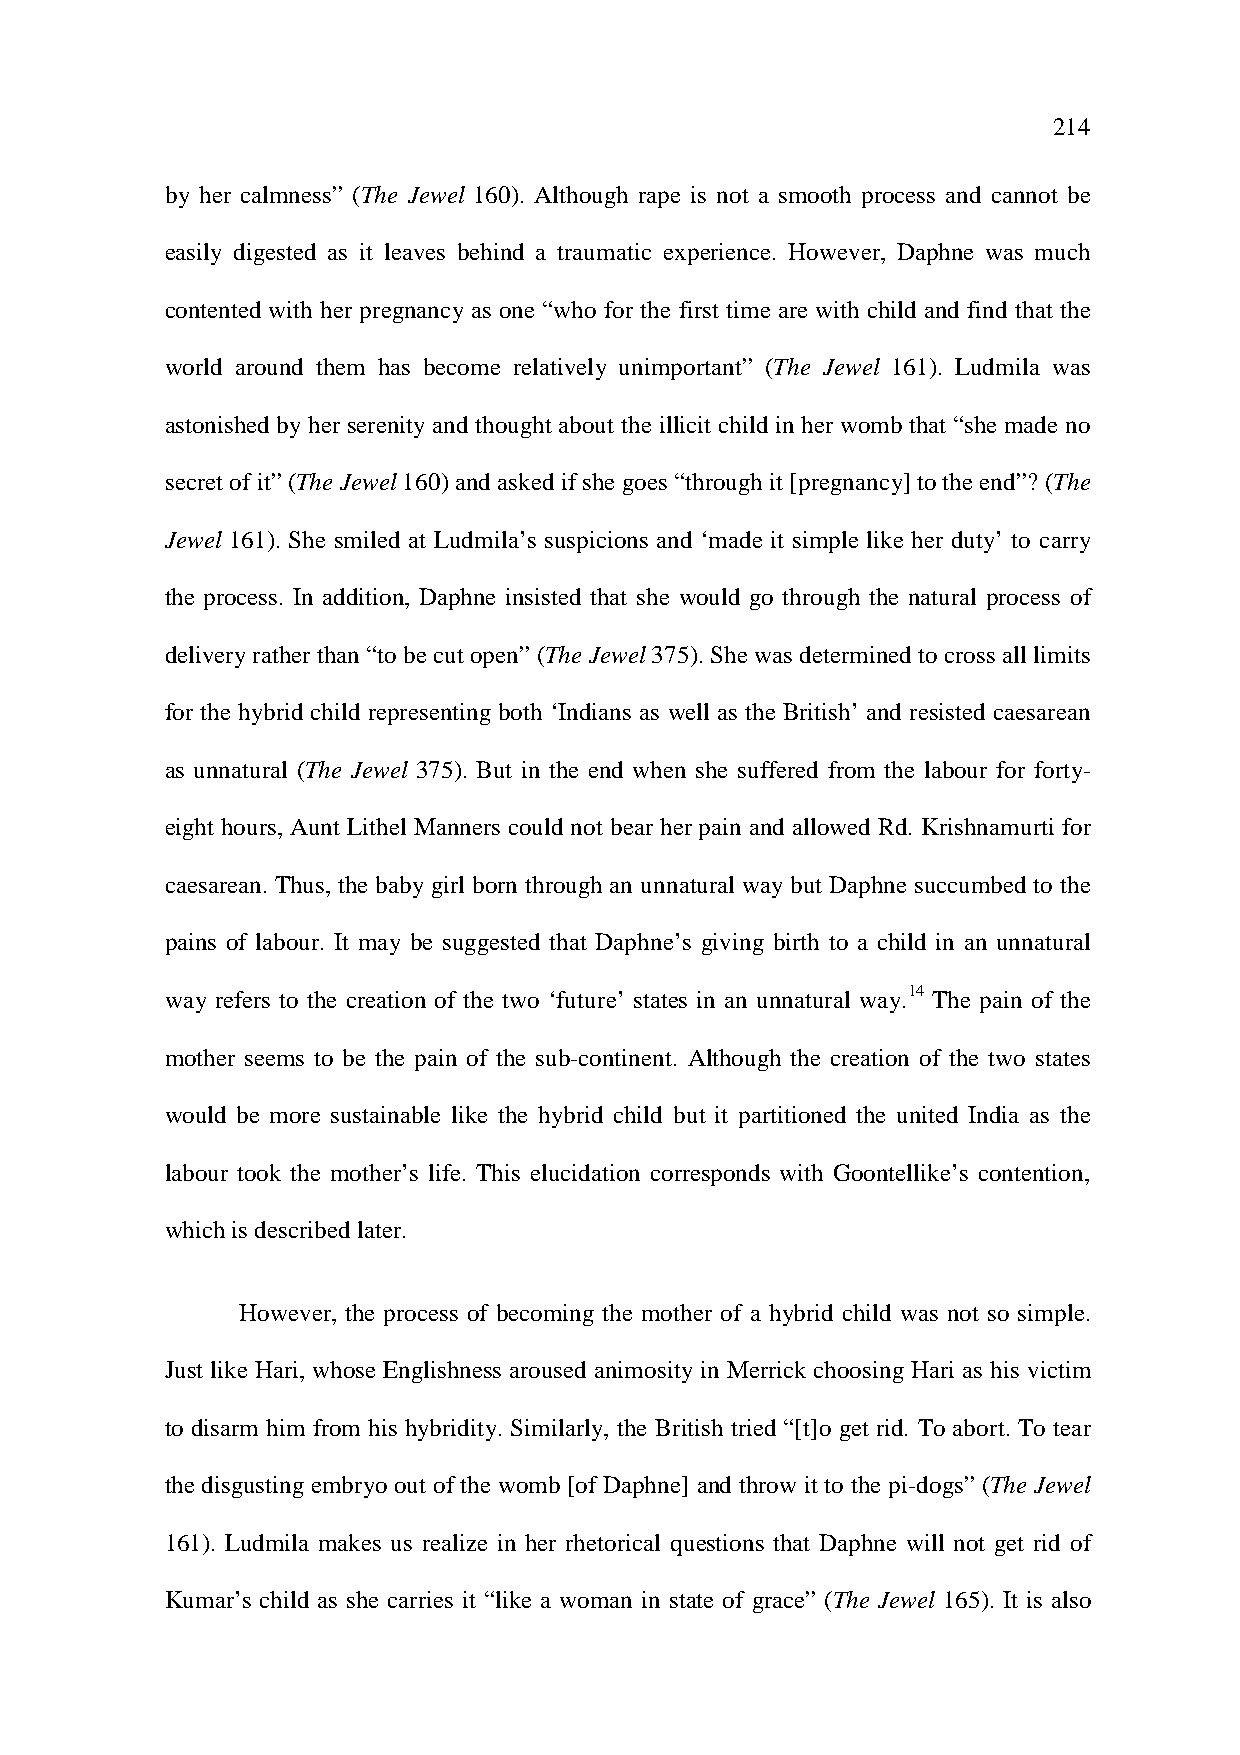
214
 by her calmness” (The Jewel 160). Although rape is not a smooth process and cannot be
 easily digested as it leaves behind a traumatic experience. However, Daphne was much
 contented with her pregnancy as one “who for the first time are with child and find that the
 world around them has become relatively unimportant” (The Jewel 161). Ludmila was
 astonished by her serenity and thought about the illicit child in her womb that “she made no
 secret of it” (The Jewel 160) and asked if she goes “through it [pregnancy] to the end”? (The
 Jewel 161). She smiled at Ludmila’s suspicions and ‘made it simple like her duty’ to carry
 the process. In addition, Daphne insisted that she would go through the natural process of
 delivery rather than “to be cut open” (The Jewel 375). She was determined to cross all limits
 for the hybrid child representing both ‘Indians as well as the British’ and resisted caesarean
 as unnatural (The Jewel 375). But in the end when she suffered from the labour for forty-
 eight hours, Aunt Lithel Manners could not bear her pain and allowed Rd. Krishnamurti for
 caesarean. Thus, the baby girl born through an unnatural way but Daphne succumbed to the
 pains of labour. It may be suggested that Daphne’s giving birth to a child in an unnatural
 way refers to the creation of the two ‘future’ states in an unnatural way.14 The pain of the
 mother seems to be the pain of the sub-continent. Although the creation of the two states
 would be more sustainable like the hybrid child but it partitioned the united India as the
 labour took the mother’s life. This elucidation corresponds with Goontellike’s contention,
 which is described later.
 However, the process of becoming the mother of a hybrid child was not so simple.
 Just like Hari, whose Englishness aroused animosity in Merrick choosing Hari as his victim
 to disarm him from his hybridity. Similarly, the British tried “[t]o get rid. To abort. To tear
 the disgusting embryo out of the womb [of Daphne] and throw it to the pi-dogs” (The Jewel
 161). Ludmila makes us realize in her rhetorical questions that Daphne will not get rid of
 Kumar’s child as she carries it “like a woman in state of grace” (The Jewel 165). It is also